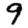
Digit: 9